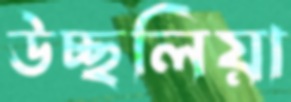
উচ্ছলিয়া